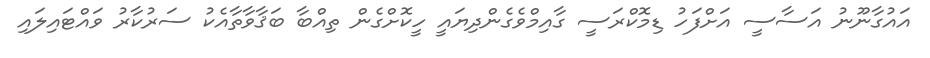
އައުގާނޫނު އަސާސީ އަށްފަހު ޑިމޮކްރަސީ ގާއިމްވެގެންދިޔައީ ހީކޮށްގެން ތިއްބާ ބަޤާވާތާއެކު ސަރުކާރު ވައްޓައިލައި